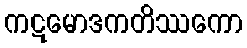
ကဋမောဒကတိဿကော